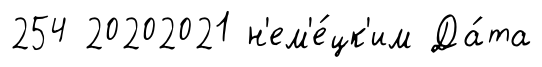
254 20202021 н'ем'е́цк'им Да́та